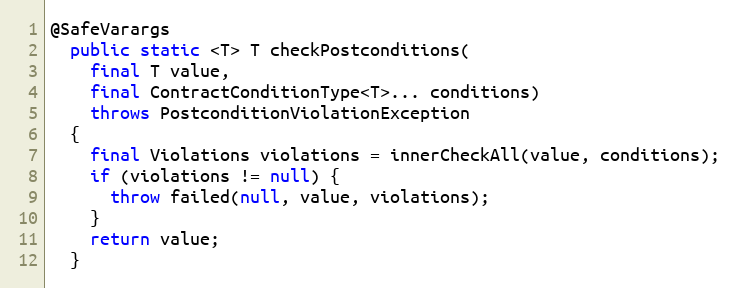
Language: Java
@SafeVarargs
  public static <T> T checkPostconditions(
    final T value,
    final ContractConditionType<T>... conditions)
    throws PostconditionViolationException
  {
    final Violations violations = innerCheckAll(value, conditions);
    if (violations != null) {
      throw failed(null, value, violations);
    }
    return value;
  }